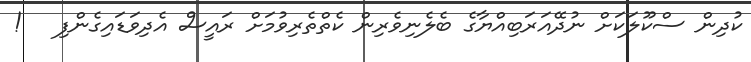
ކުދިން ސްކޫލަކަށް ނުދޭއަރަބިއްޔާގެ ބެލެނިވެރިން ކެތްތެރިވުމަށް ރައީސް އެދިވަޑައިގެންފި   !